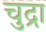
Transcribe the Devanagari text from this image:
चुद्रा